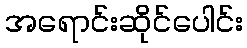
အရောင်းဆိုင်ပေါင်း